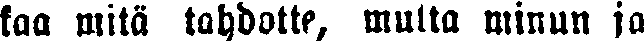
kaa mitä tahdotte, mutta minun ja